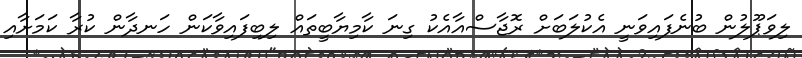
ލިވަޕޫލުން ބުނެފައިވަނީ އެކުލަބަށް ރޮޖާސްއާއެކު ގިނަ ކާމިޔާބީތައް ލިބިފައިވާކަން ހަނދާން ކުރާ ކަމަށާއި